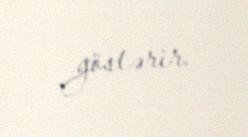
göstərir.